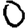
Digit: 0